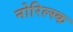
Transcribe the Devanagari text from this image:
नोरिल्स्क